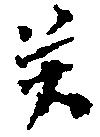
癸